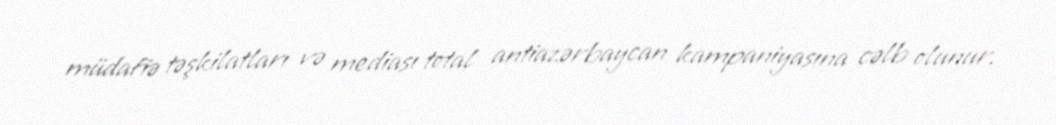
müdafiə təşkilatları və mediası total antiazərbaycan kampaniyasına cəlb olunur.